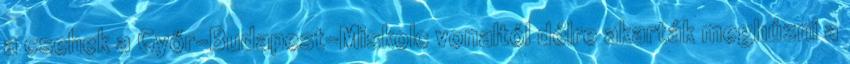
a csehek a Győr-Budapest-Miskolc vonaltól délre akarták meghúzni a